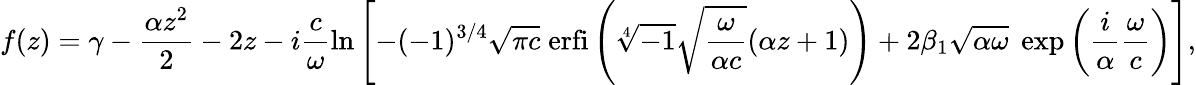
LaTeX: f(z)=\gamma-\frac{\alpha z^{2}}{2}-2z-i\frac{c}{\omega}\ln\left[-(-1)^{3/4}\sqrt{\pi c}\; \mathrm{erfi}\left(\sqrt[4]{-1}\sqrt{\frac{\omega}{\alpha c}}(\alpha z+1)\right)+2\beta_{1}\sqrt{\alpha\omega}\; \exp\left(\frac{i}{\alpha}\frac{\omega}{c}\right)\right],